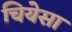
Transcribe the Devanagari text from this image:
चियेसा